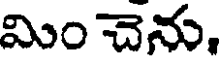
మిం చెను.